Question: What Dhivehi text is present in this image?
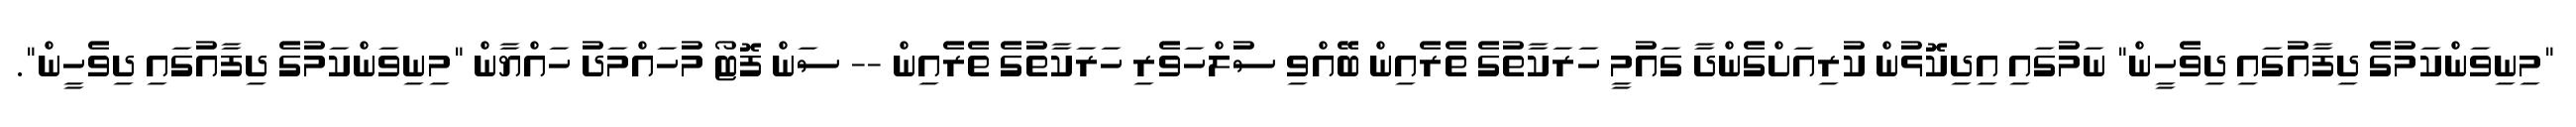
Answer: "މިނިވަންކަމުގެ ދިފާއުގައި ދިވެހީން" ނަމުގައި އިދިކޮޅުން ކުރިއަށްގެންދާ ގައުމީ ހަރަކާތުގެ ތެރެއިން ބޭއްވި ސުލްހަވެރި ހަރަކާތުގެ ތެރެއިން -- ސަން ފޮޓޯ މުހައްމަދު ހައްޔާން "މިނިވަންކަމުގެ ދިފާއުގައި ދިވެހީން".